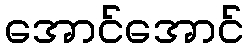
အောင်အောင်